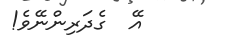
އޭ  ގެދަރިންނޭވެ!